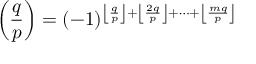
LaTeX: \left( { \frac { q } { p } } \right) = ( - 1 ) ^ { \left\lfloor { \frac { q } { p } } \right\rfloor + \left\lfloor { \frac { 2 q } { p } } \right\rfloor + \dots + \left\lfloor { \frac { m q } { p } } \right\rfloor }